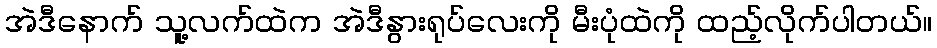
အဲဒီနောက် သူ့လက်ထဲက အဲဒီနွားရုပ်လေးကို မီးပုံထဲကို ထည့်လိုက်ပါတယ်။